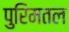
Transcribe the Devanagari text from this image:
पुरिमतल